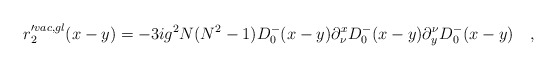
\begin{align*}r'^{vac,gl}_2(x-y)=-3ig^2N(N^2-1)D_0^-(x-y) \partial_\nu^x D_0^-(x-y)\partial_y^\nu D_0^-(x-y) \quad ,\end{align*}